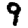
Digit: 9